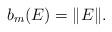
LaTeX: \begin{align*}b_m(E) = \|E\| .\end{align*}